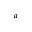
^ { a }